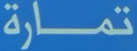
تمارَة